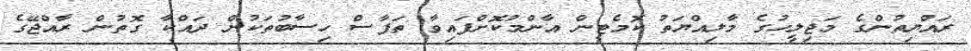
ރައްޔިތުންގެ މަޖިލީހުގެ މާލިއްޔަތު ކޮމެޓީން އާންމުކޮށްފައިވާ ތަފާސް ހިސާބުތަކުން ދައްކާ ގޮތުން ރާއްޖޭގެ